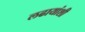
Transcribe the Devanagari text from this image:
लढायांशी